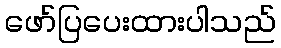
ဖော်ပြပေးထားပါသည်